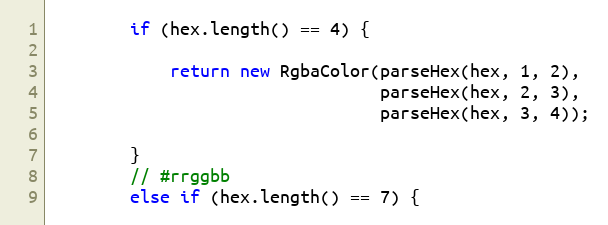
Language: Java
        if (hex.length() == 4) {

            return new RgbaColor(parseHex(hex, 1, 2),
                                 parseHex(hex, 2, 3),
                                 parseHex(hex, 3, 4));

        }
        // #rrggbb
        else if (hex.length() == 7) {